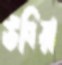
উবিয়া